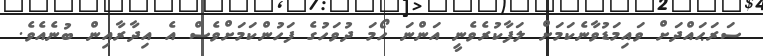
ސަރަޙައްދަށް ވައިމަޑުވާނެކަމަށް ލަފާކުރެވެނީ އަންނަ ހޯމަ ދުވަހުގެ ފަހުންކަމަށްވެސް އެ އިދާރާއިން ބުނެއެވެ.